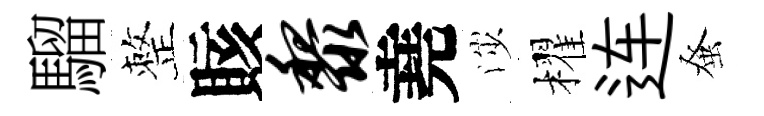
騮整賅黎堯渉櫂连𫊫